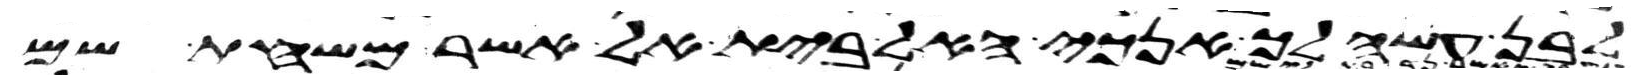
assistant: לבן עשה לך אנכי האל בית אל אשר משחת שם